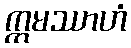
ဣမဿာဟံ